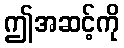
ဤအဆင့်ကို